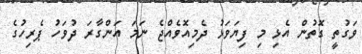
ވަގުތީ ގޮތުން އެޅި މި ފިޔަވަޅު ދެމިއޮވެއްޖެ ނަމަ އަންގާރަ ދުވަހު ޕެރިހުގެ